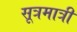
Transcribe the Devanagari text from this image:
सूत्रमात्री